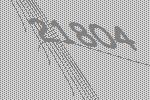
21804